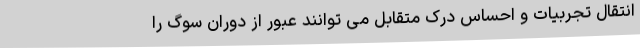
انتقال تجربیات و احساس درک متقابل می توانند عبور از دوران سوگ را